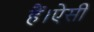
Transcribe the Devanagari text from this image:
हैं।ऐसी